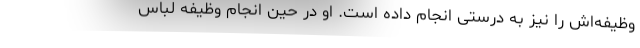
وظیفه‌اش را نیز به درستی انجام داده است. او در حین انجام وظیفه لباس